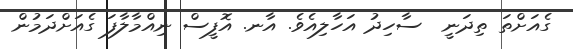
ގެއަށްތަ ތިދަނީ  ސާހިދު އަހާލިއެވެ. އާނ. އޮފީސް ނިއްމާލާފަ ގެއަށްދަމުން